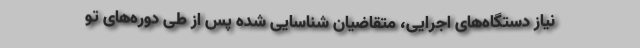
نیاز دستگاه‌های اجرایی، متقاضیان شناسایی شده پس از طی دوره‌های تو